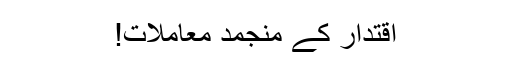
اقتدار کے منجمد معاملات!